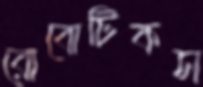
রোবোটিকস